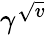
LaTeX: \gamma^{\sqrt{v}}